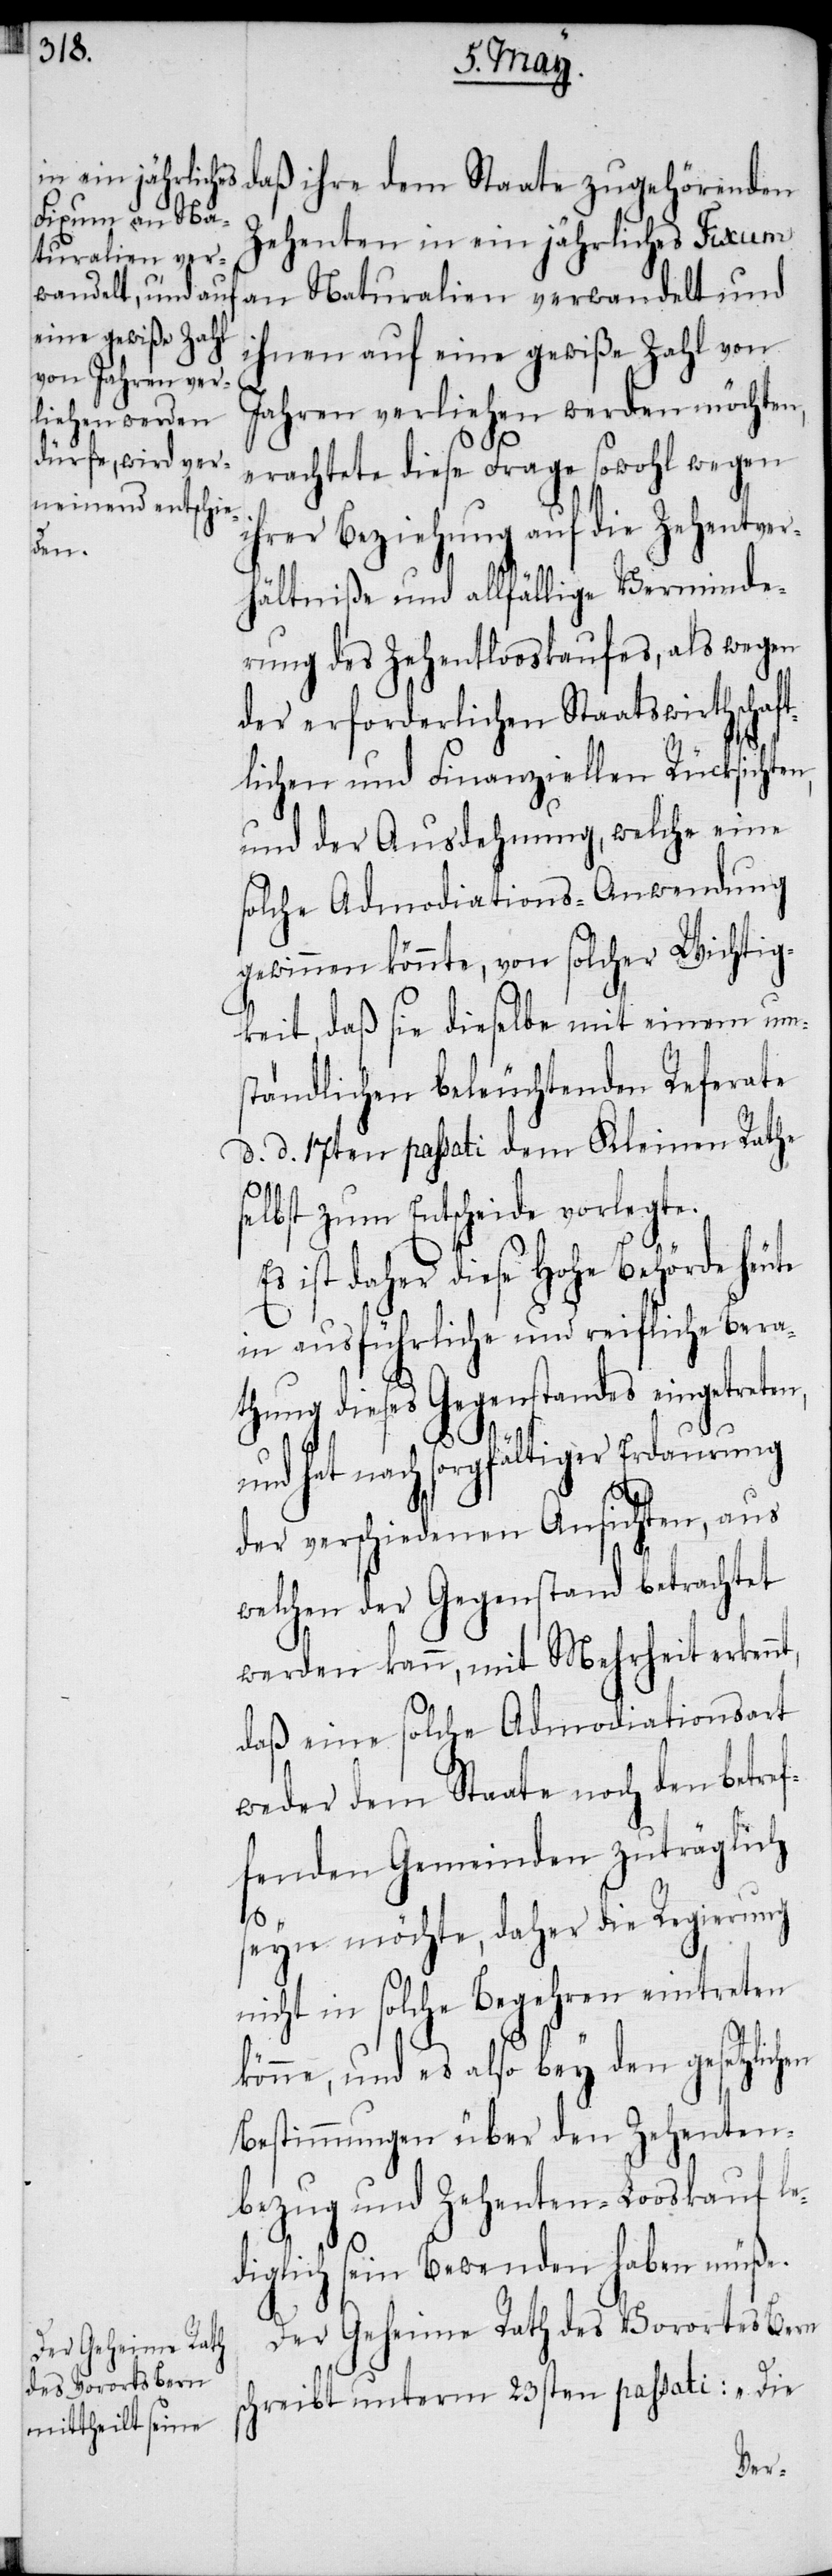
Der Geheime Rath
des Vorortes Bern

daß ihre dem Staate zugehörenden
Zehenten in ein jährliches Fixum
an Naturalien verwandelt und
ihnen auf eine gewiße Zahl von
Jahren verliehen werden möchten,
erachtete diese Frage sowohl wegen
ihrer Beziehung auf die Zehentver¬
hältniße und allfällige Verminde¬
rung des Zehentlooskaufes, als wegen
der erforderlichen Staatswirthschaf¬
tlichen und Finanziellen Rücksichten,
und der Ausdehnung, welche eine
solche Admodiations-Anwendung
gewinnen könnte, von solcher Wichtig¬
keit, daß sie dieselbe mit einem um¬
ständlichen beleuchtenden Referate
d. d. 17ten passati dem Kleinen Rathe
s¬
selbst zum Entscheide vorlegte.
ist daher diese Hohe Behörde
in ausführliche und reifliche Bera¬
thung dieses Gegenstandes eingetreten,
nt,
und hat nach sorgfältiger Erdaurung
der verschiedenen Ansichten aus
welchen der Gegenstand betrachtet
werden kann, mit Mehrheit erken¬
daß eine solche Admodiationsart
weder dem Staate noch den betref¬
fenden Gemeinden zuträglich
seyn möchte, daher die Regierung
nicht in solche Begehren eintreten
könne, und es also bey den gesetzlichen
Bestimmungen über den Zehenten¬
bezug und Zehenten-Looskauf le¬
diglich sein Bewenden haben müße.
chreibt unterm 23sten passati: „Die